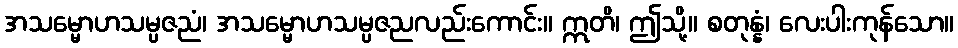
အသမ္မောဟသမ္ပဇညံ၊ အသမ္မောဟသမ္ပဇညလည်းကောင်း။ ဣတိ၊ ဤသို့။ စတုန္နံ၊ လေးပါးကုန်သော။